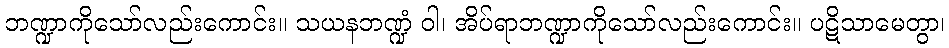
ဘဏ္ဍာကိုသော်လည်းကောင်း။ သယနဘဏ္ဍံ ဝါ၊ အိပ်ရာဘဏ္ဍာကိုသော်လည်းကောင်း။ ပဋိသာမေတွာ၊